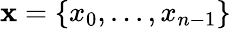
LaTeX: \mathbf{x}=\{ x_{0},...,x_{n-1}\}